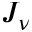
J _ { \nu }